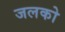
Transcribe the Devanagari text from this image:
जलको